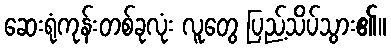
ဆေးရုံကုန်းတစ်ခုလုံး လူတွေ ပြည့်သိပ်သွား၏။